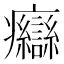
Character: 𤼙